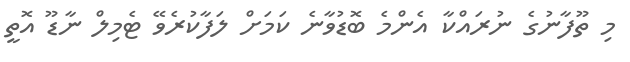
މި ތޫފާނުގެ ނުރައްކާ އެންމެ ބޮޑުވާނެ ކަމަށް ލަފާކުރެވޭ ޓެމިލް ނާޑޫ އޮތީ